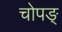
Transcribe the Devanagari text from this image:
चोपङ्